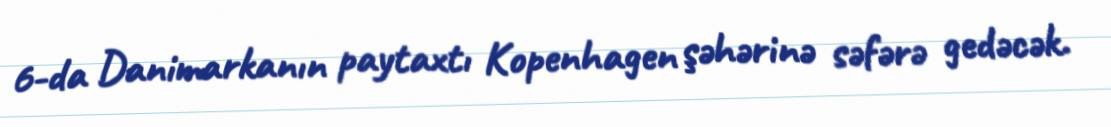
6-da Danimarkanın paytaxtı Kopenhagen şəhərinə səfərə gedəcək.